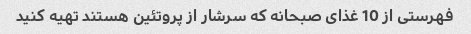
فهرستی از 10 غذای صبحانه که سرشار از پروتئین هستند تهیه کنید